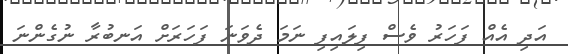
އަދި އެއް ފަހަރު ވެސް ފިލައިފި ނަމަ ދެވަނަ ފަހަރަށް އަނބުރާ ނުގެންނަ